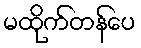
မထိုက်တန်ပေ